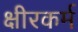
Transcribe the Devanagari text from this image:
क्षीरकर्म